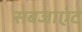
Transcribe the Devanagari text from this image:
सबजाएंट